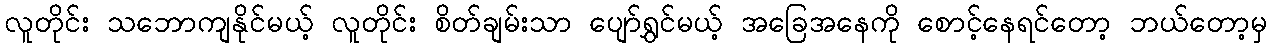
လူတိုင်း သဘောကျနိုင်မယ့် လူတိုင်း စိတ်ချမ်းသာ ပျော်ရွှင်မယ့် အခြေအနေကို စောင့်နေရင်တော့ ဘယ်တော့မှ